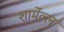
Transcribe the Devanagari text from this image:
शार्मेल्ल